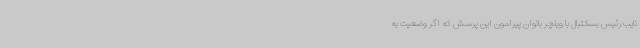
نایب رئیس بسکتبال با ویلچر بانوان پیرامون این پرسش که اگر وضعیت به